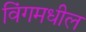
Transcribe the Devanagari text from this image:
विंगमधील